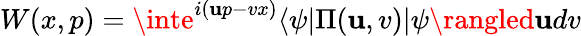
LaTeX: W(x,p)=\inte^{i(\mathbf{u}p-vx)}\langle\psi|\Pi(\mathbf{u},v)|\psi\rangled\mathbf{u}dv